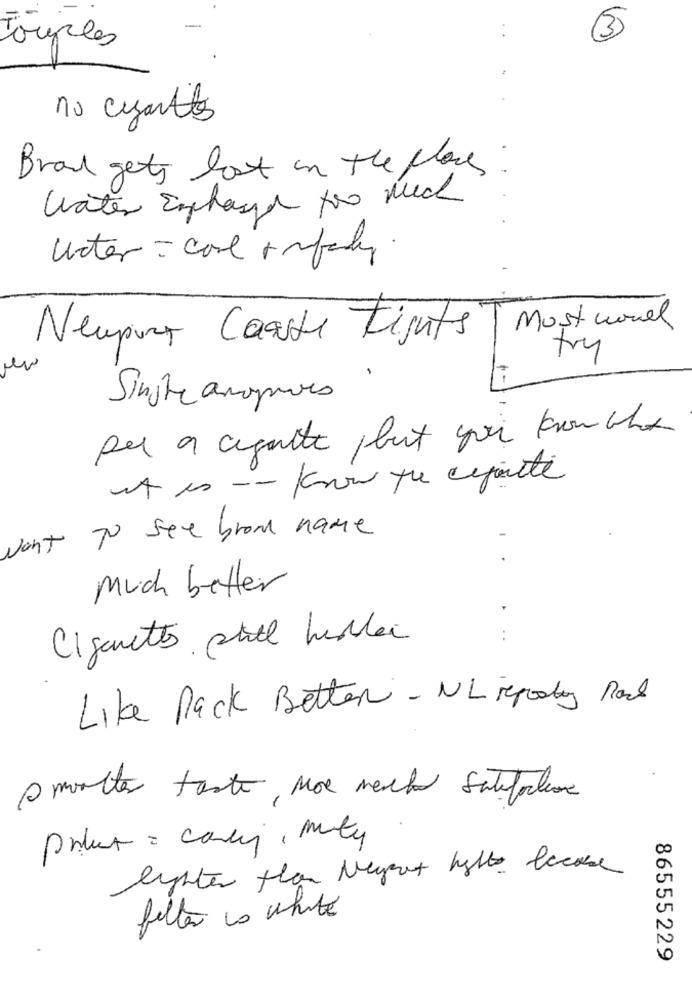
3
Tourles
no ciantles
Brand gets lost in the place:
Water Enphase too much
unter = core imperty.
Most word
Neupara Caste Fights
try
1-
Single ampues
per a cigale ,but you know what
want To see brom name
much better
Cigarettes still heller
..
Like Pack Better - NL reporty Rock
s molte taste, noe mache satisfaction
Print = candy, mity
lighter than Negent hatte lecose
feltar lo white
86555229